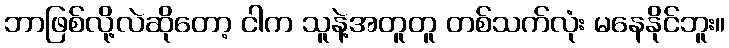
ဘာဖြစ်လို့လဲဆိုတော့ ငါက သူနဲ့အတူတူ တစ်သက်လုံး မနေနိုင်ဘူး။